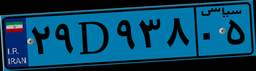
۲۹D۹۳۸۰۵